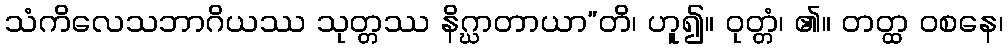
သံကိလေသဘာဂိယဿ သုတ္တဿ နိဂ္ဃာတာယာ”တိ၊ ဟူ၍။ ဝုတ္တံ၊ ၏။ တတ္ထ ဝစနေ၊